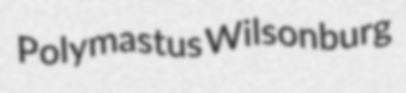
Polymastus Wilsonburg